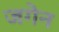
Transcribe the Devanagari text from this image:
जगेन